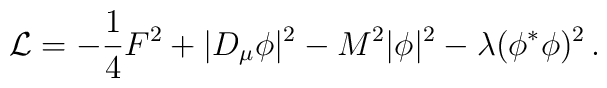
{\cal L} =  - {1\over 4}F^2+|D_{\mu} \phi |^2 - M^2 |\phi|^2- \lambda(\phi^*\phi)^2\,.